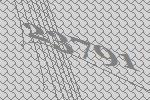
23791